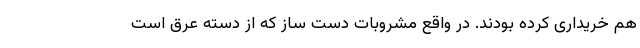
هم خریداری کرده بودند. در واقع مشروبات دست ساز که از دسته عرق است